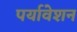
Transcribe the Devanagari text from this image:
पर्यावेशन